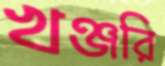
খঞ্জরি